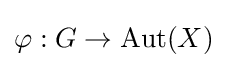
\varphi :G\to \operatorname {Aut} (X)